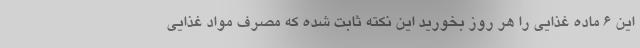
این 6 ماده غذایی را هر روز بخورید این نکته ثابت شده که مصرف مواد غذایی